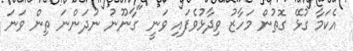
އެކަމާ ގުޅޭ ގޮތުން މަހާޒު ވިދާޅުވެފައި ވަނީ "ގާނޫނު ނުދަންނަ ތިން ވަނަ